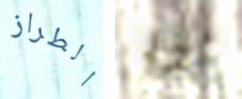
الطراز اذا